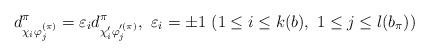
LaTeX: \begin{align*} d_{\chi_i \varphi_{j}^{(\pi)}}^{\pi} = \varepsilon_i d_{\chi'_{i} \varphi_{j}'^{(\pi)}}^{\pi}, \ \varepsilon_i = \pm 1 \ (1 \leq i \leq k(b), \ 1 \leq j \leq l(b_{\pi})) \end{align*}